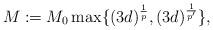
LaTeX: \begin{align*}M:= M_0\max\lbrace (3d)^\frac{1}{p}, (3d)^\frac{1}{p'}\rbrace,\end{align*}